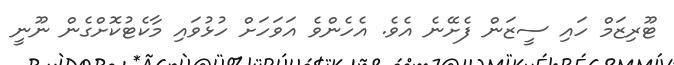
ޓޫރިޒަމް ހައި ސީޒަން ފެށޭނެ އެވެ. އެހެންވެ އަވަހަށް ހުޅުވައި މާކެޓުކޮށްގެން ނޫނީ